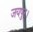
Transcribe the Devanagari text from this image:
जयपुर।